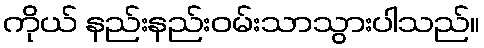
ကိုယ် နည်းနည်းဝမ်းသာသွားပါသည်။